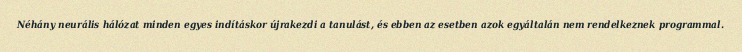
Néhány neurális hálózat minden egyes indításkor újrakezdi a tanulást, és ebben az esetben azok egyáltalán nem rendelkeznek programmal.